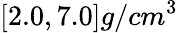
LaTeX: [2.0,7.0]g/{cm}^{3}